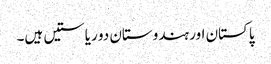
پاکستان اور ہندوستان دو ریاستیں ہیں۔